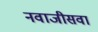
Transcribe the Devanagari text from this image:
नवाजीसवा